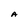
Character: A